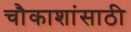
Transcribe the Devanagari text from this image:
चौकाशांसाठी